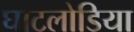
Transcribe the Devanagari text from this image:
घाटलोडिया